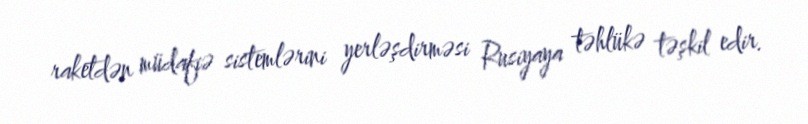
raketdən müdafiə sistemlərini yerləşdirməsi Rusiyaya təhlükə təşkil edir.